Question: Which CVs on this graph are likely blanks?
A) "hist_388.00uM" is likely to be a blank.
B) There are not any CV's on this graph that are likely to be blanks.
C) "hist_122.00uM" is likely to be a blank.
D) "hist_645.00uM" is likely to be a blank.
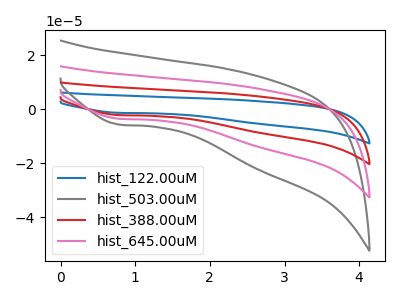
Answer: <think>The blue curve "hist_122.00uM" has a cathodic peak at: (0.80V, -10.70uA). The gray curve "hist_503.00uM" has a cathodic peak at: (0.80V, -5.70uA). The red curve "hist_388.00uM" has a cathodic peak at: (0.80V, -7.10uA). The pink curve "hist_645.00uM" has a cathodic peak at: (0.80V, -3.55uA).</think>
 <answer>B) There are not any CV's on this graph that are likely to be blanks.</answer>
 <eval>B</eval>